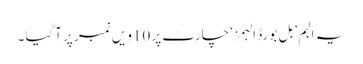
یہ البم ’بل بورڈ البمز‘ چارٹ پر 10ویں نمبر پر آگیا۔